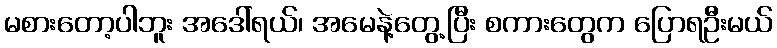
မစားတော့ပါဘူး အဒေါ်ရယ်၊ အမေနဲ့တွေ့ပြီး စကားတွေက ပြောရဦးမယ်